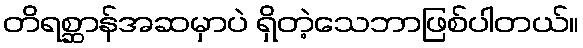
တိရစ္ဆာန်အဆမှာပဲ ရှိတဲ့သေဘာဖြစ်ပါတယ်။